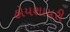
હોયશાયરી